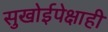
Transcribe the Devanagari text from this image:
सुखोईपेक्षाही